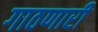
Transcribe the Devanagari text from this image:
गाठणारी